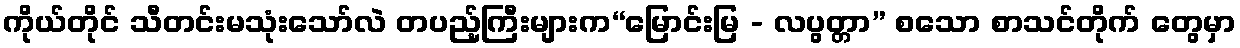
ကိုယ်တိုင် သီတင်းမသုံးသော်လဲ တပည့်ကြီးများက“မြောင်းမြ - လပွတ္တာ” စသော စာသင်တိုက် တွေမှာ